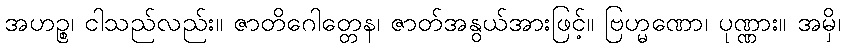
အဟဉ္စ၊ ငါသည်လည်း။ ဇာတိဂေါတ္တေန၊ ဇာတ်အနွယ်အားဖြင့်။ ဗြဟ္မဏော၊ ပုဏ္ဏား။ အမှိ၊